Punjab Mental Hospital Lahore 1922-31 - 1922-1931
Year: 1922
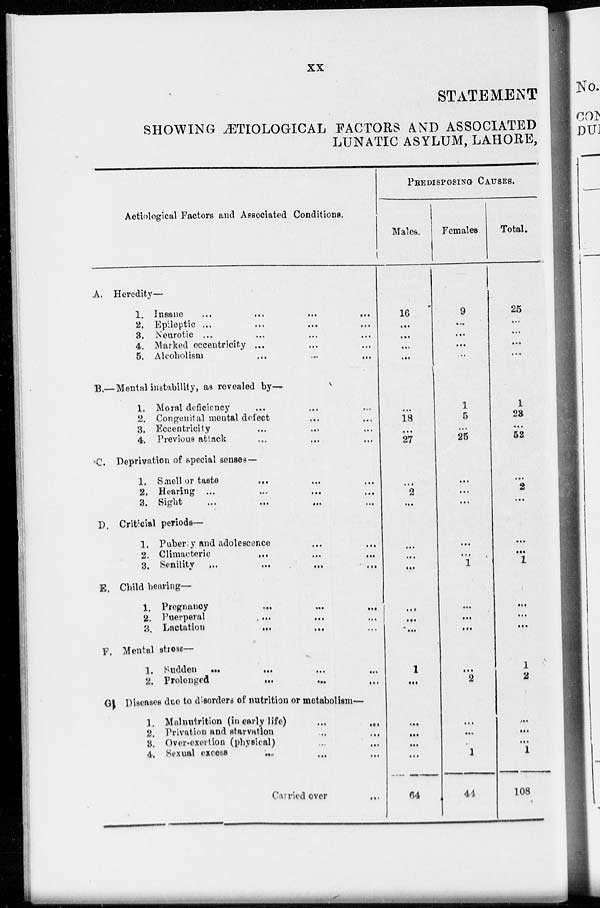
xx
STATEMENT
SHOWING ÆTIOLOGICAL FACTORS AND ASSOCIATED
LUNATIC ASYLUM, LAHORE,
Aetiological Factors and Associated Conditions.
A. Heredity—
1. Insane
...
...
...
...
2. Epileptic ... ... ... ...
3. Neurotic ... ... ... ...
4. Marked eccentricity ... ... ...
5. Alcoholism ... ... ...
B.—Mental instability, as revealed by—
1. Moral deficiency ... ... ...
2. Congenital mental defect ... ...
3. Eccentricity ... ... ...
4. Previous attack ... ... ...
C. Deprivation of special senses —
1. Smell or taste ... ... ...
2. Hearing
...
...
...
...
3. Sight ... ... ...
D, Criticial periods—
1. Pubersy and adolescence ... ...
2. Climacteric ... ... ...
3. Senility ... ... ... ...
E. Child bearing—
1. Pregnancy
...
...
...
2. Puerperal ... ... ...
3. Lactation ... ... ...
F. Mental stress—
1, Sudden ... ... ... ...
2. Prolonged ... ... ...
G. Diseases due to disorders of nutrition or metabolism—
1. Malnutrition (in early life)
...
...
2. Privation and starvation ... ...
3. Over-exertion (physical) ... ...
4. Sexual excess ... ... ...
Carried over ...
PREDISPOSING
CAUSES.
Males.
16
...
. ..
...
...
...
18
...
27
...
2
...
...
...
...
...
....
...
1
...
...
...
...
...
64
Females
9
...
...
...
...
1
5
...
25
...
...
...
...
...
1
...
...
...
...
2
...
...
1
44
Total.
25
...
...
...
...
1
23
...
52
...
2
...
...
...
1
...
...
...
1
2
...
...
...
1
108